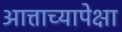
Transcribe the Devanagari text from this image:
आत्ताच्यापेक्षा